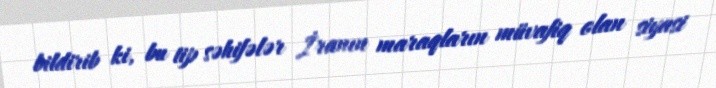
bildirib ki, bu tip səhifələr İranın maraqların müvafiq olan siyasi